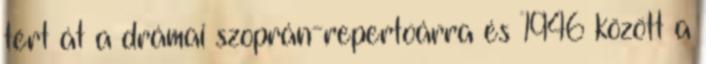
tért át a drámai szoprán-repertoárra és 1946 között a